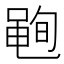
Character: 𮮣